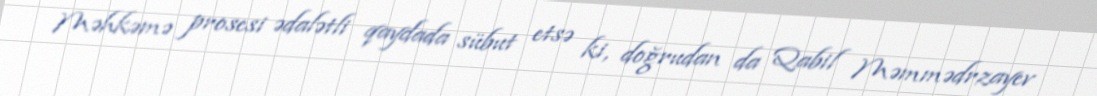
Məhkəmə prosesi ədalətli qaydada sübut etsə ki, doğrudan da Qabil Məmmədrzayev